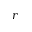
r